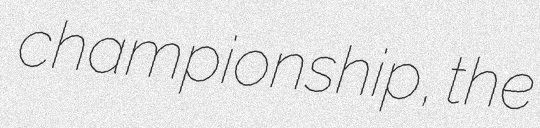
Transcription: championship, the